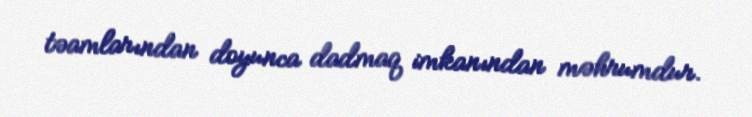
təamlarından doyunca dadmaq imkanından məhrumdur.